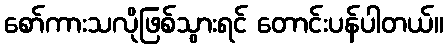
စော်ကားသလိုဖြစ်သွားရင် တောင်းပန်ပါတယ်။